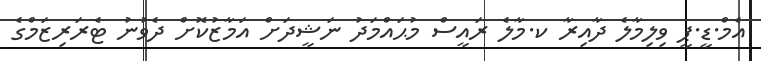
އެމް.ޑީ.ޕީ ވިލިމާލެ ދާއިރާ ކ.މާލެ ރައީސް މުޙައްމަދު ނަޝީދަށް އަމާޒުކޮށް ދެވުނު ޓެރަރިޒަމްގެ